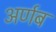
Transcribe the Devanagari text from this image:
अर्णब